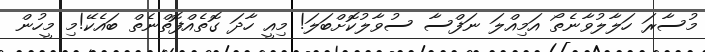
މުސާރަ ހަލާލުވާނެތޯ އަމިއްލަ ނަފްސާ ސުވާލުކޮށްބަލަ! މިއީ ހާދަ ގޮތެއްފޮތްނެތް ބައެކޭ!މި މީހުން